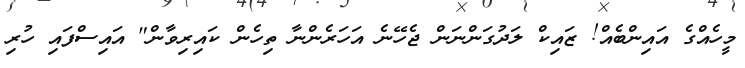
މީހެއްގެ އައިންބެއް! ޒައިކް ލަދުގަންނަން ޖެހޭނެ އަަހަރެންނާ ތިހެން ކައިރިވާން" އައިސްފައި ހުރި